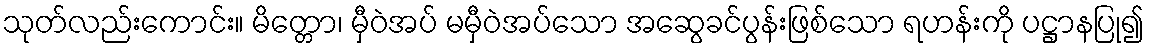
သုတ်လည်းကောင်း။ မိတ္တော၊ မှီဝဲအပ် မမှီဝဲအပ်သော အဆွေခင်ပွန်းဖြစ်သော ရဟန်းကို ပဋ္ဌာနပြု၍